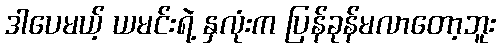
ဒါပေမယ့် ယမင်းရဲ့ နှလုံးက ပြန်ခုန်မလာတော့ဘူး